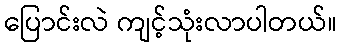
ပြောင်းလဲ ကျင့်သုံးလာပါတယ်။